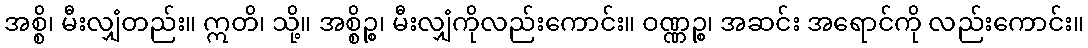
အစ္စိ၊ မီးလျှံတည်း။ ဣတိ၊ သို့။ အစ္စိဉ္စ၊ မီးလျှံကိုလည်းကောင်း။ ဝဏ္ဏဉ္စ၊ အဆင်း အရောင်ကို လည်းကောင်း။